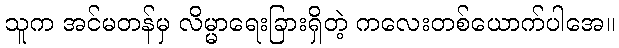
သူက အင်မတန်မှ လိမ္မာရေးခြားရှိတဲ့ ကလေးတစ်ယောက်ပါအေ။